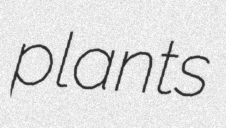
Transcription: plants